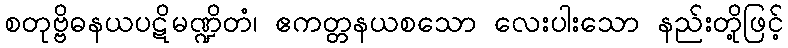
စတုဗ္ဗိဓနယပဋိမဏ္ဍိတံ၊ ဧကတ္တနယစသော လေးပါးသော နည်းတို့ဖြင့်